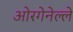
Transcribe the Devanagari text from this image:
ओरगेनेल्ले